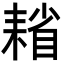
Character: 𦔄